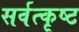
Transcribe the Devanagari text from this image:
सर्वत्कृष्ट